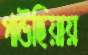
গাউছিয়ায়